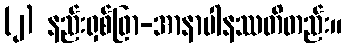
(၂) နည်းရှစ်ဖြာ-အာနာပါနဿတိတည်း။